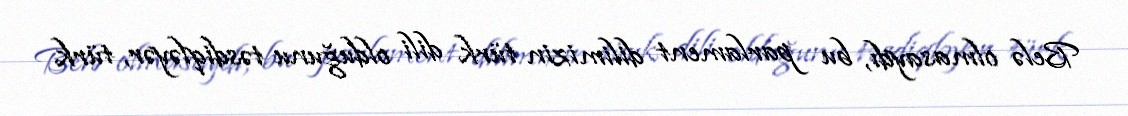
Belə olmasaydı, bu parlament dilimizin türk dili olduğunu təsdiqləyər, türk